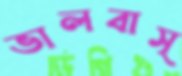
ভালবাস্‌